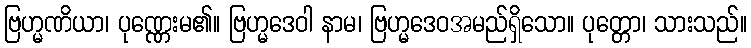
ဗြဟ္မဏိယာ၊ ပုဏ္ဏေးမ၏။ ဗြဟ္မဒေဝါ နာမ၊ ဗြဟ္မဒေဝအမည်ရှိသော။ ပုတ္တော၊ သားသည်။